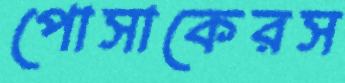
পোসাকেরস